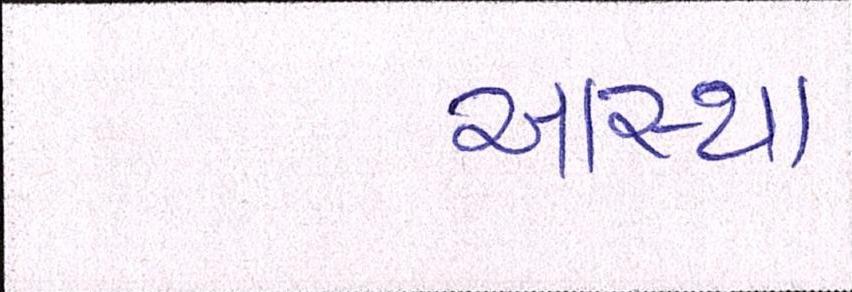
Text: આસ્થા